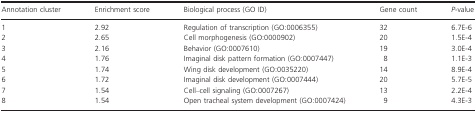
<table><thead><tr><td><b>Annotation cluster</b></td><td><b>Enrichment score</b></td><td><b>Biological process (GO ID)</b></td><td><b>Gene count</b></td><td><b><i>P</i>‐value</b></td></tr></thead><tbody><tr><td>1</td><td>2.92</td><td>Regulation of transcription (GO:0006355)</td><td>32</td><td>6.7E‐6</td></tr><tr><td>2</td><td>2.65</td><td>Cell morphogenesis (GO:0000902)</td><td>20</td><td>1.5E‐4</td></tr><tr><td>3</td><td>2.16</td><td>Behavior (GO:0007610)</td><td>19</td><td>3.0E‐4</td></tr><tr><td>4</td><td>1.76</td><td>Imaginal disk pattern formation (GO:0007447)</td><td>8</td><td>1.1E‐3</td></tr><tr><td>5</td><td>1.74</td><td>Wing disk development (GO:0035220)</td><td>14</td><td>8.9E‐4</td></tr><tr><td>6</td><td>1.72</td><td>Imaginal disk development (GO:0007444)</td><td>20</td><td>5.7E‐5</td></tr><tr><td>7</td><td>1.54</td><td>Cell–cell signaling (GO:0007267)</td><td>13</td><td>2.2E‐4</td></tr><tr><td>8</td><td>1.54</td><td>Open tracheal system development (GO:0007424)</td><td>9</td><td>4.3E‐3</td></tr></tbody></table>